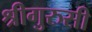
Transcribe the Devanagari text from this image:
श्रीगुरुसी